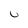
Character: U